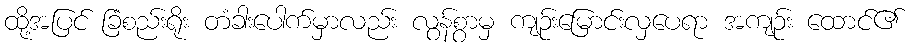
ထို့အပြင် ခြံစည်းရိုး တံခါးပေါက်မှာလည်း လွန်စွာမှ ကျဉ်းမြောင်းလှပေရာ အကျဉ်း ထောင်၏